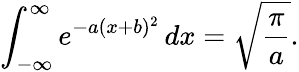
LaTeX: \int_{-\infty}^{\infty}e^{-a(x+b)^{2}}\, dx={\sqrt{\frac{\pi}{a}}}.